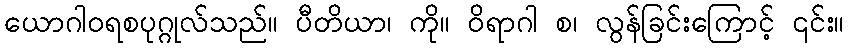
ယောဂါဝရစပုဂ္ဂုလ်သည်။ ပီတိယာ၊ ကို။ ဝိရာဂါ စ၊ လွန်ခြင်းကြောင့် ၎င်း။